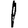
Digit: 1